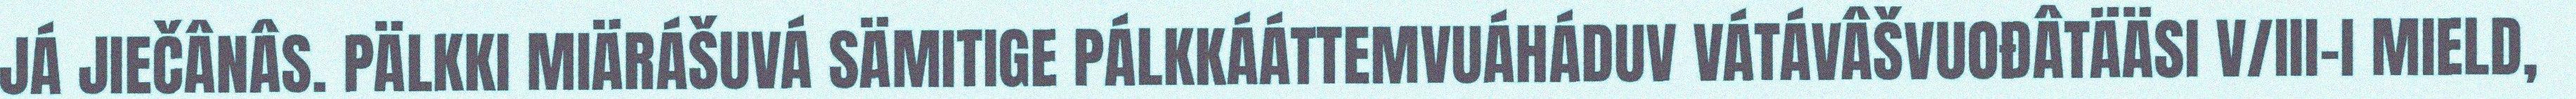
JÁ JIEČÂNÂS. PÄLKKI MIÄRÁŠUVÁ SÄMITIGE PÁLKKÁÁTTEMVUÁHÁDUV VÁTÁVÂŠVUOĐÂTÄÄSI V/III-I MIELD,